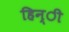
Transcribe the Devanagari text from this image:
हिन्ी